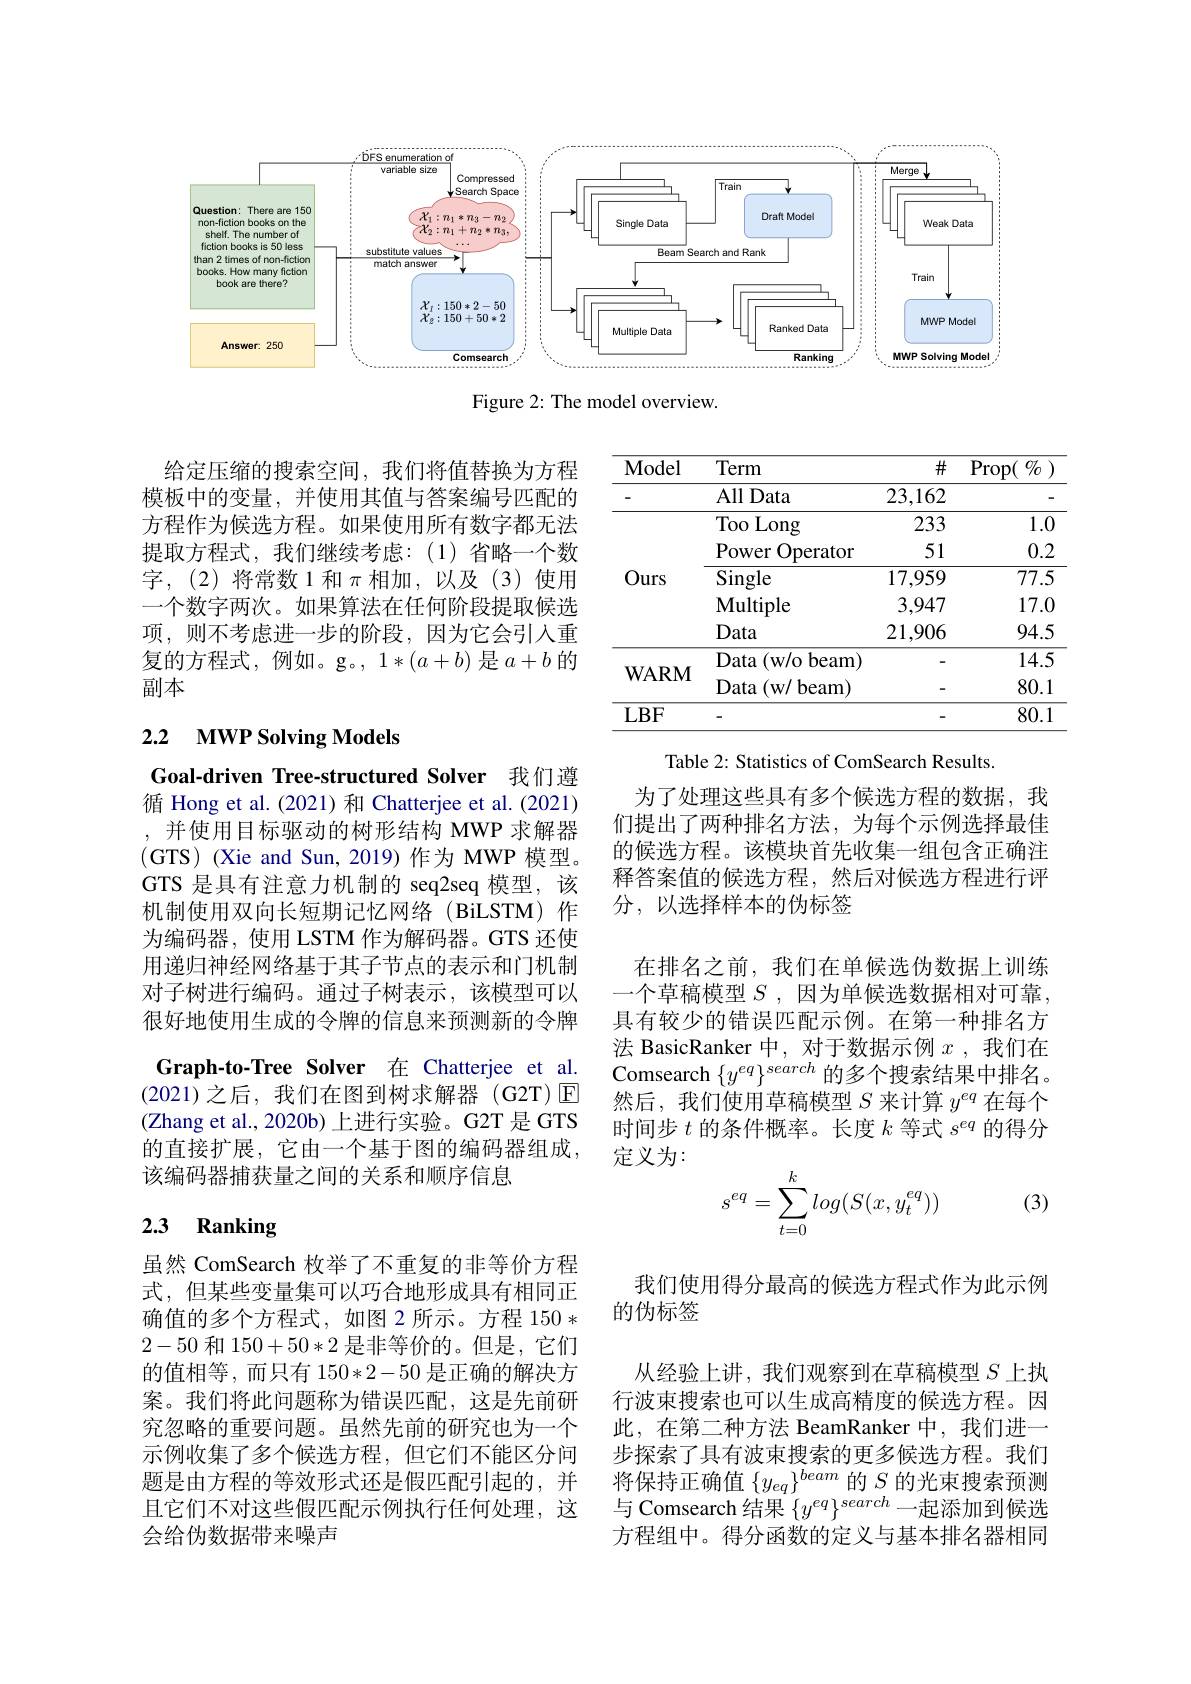
<FigureHere>

Figure 2: The model overview.

给定压缩的搜索空间，我们将值替换为方程模板中的变量，并使用其值与答案编号匹配的方程作为候选方程。如果使用所有数字都无法提取方程式，我们继续考虑：(1)省略一个数字，(2)将常数1和$\pi$相加，以及(3)使用一个数字两次。如果算法在任何阶段提取候选项，则不考虑进一步的阶段，因为它会引入重复的方程式，例如。g。$,1*(a+b)$ 是$a+b$ 的副本

<table>
	<tbody>
		<tr>
			<th>Model</th>
			<th>Term</th>
			<th>$\#$</th>
			<th>$\operatorname { Prop} ( \textit{ O}/ o$</th>
		</tr>
		<tr>
			<td> </td>
			<td>$\operatorname{All}$Data</td>
			<td>23,162</td>
			<td> </td>
		</tr>
		<tr>
			<td> </td>
			<td>Too Long</td>
			<td>233</td>
			<td>1.0</td>
		</tr>
		<tr>
			<td> </td>
			<td>$\mathbf{P}_{\mathrm{OWer}}$ Operator</td>
			<td>51</td>
			<td>0.2</td>
		</tr>
		<tr>
			<td>Ours</td>
			<td>Single</td>
			<td>17,959</td>
			<td>77.5</td>
		</tr>
		<tr>
			<td> </td>
			<td>$\mathbf{Multiple}$</td>
			<td>3,947</td>
			<td>17.0</td>
		</tr>
		<tr>
			<td> </td>
			<td>Data</td>
			<td>21,906</td>
			<td>94.5</td>
		</tr>
		<tr>
			<td>TTT</td>
			<td>Data (w/o beam)</td>
			<td> </td>
			<td>14.5</td>
		</tr>
		<tr>
			<td>$\mathbf{w}AK\mathbf{v}\mathbf{l}$</td>
			<td>Data (w/ beam)</td>
			<td> </td>
			<td>80.1</td>
		</tr>
		<tr>
			<td>$LBF$</td>
			<td> </td>
			<td> </td>
			<td>80.1</td>
		</tr>
	</tbody>
</table>

## 2.2 MWP Solving Models

Table 2: Statistics of ComSearch Results.
为了处理这些具有多个候选方程的数据，我们提出了两种排名方法，为每个示例选择最佳的候选方程。该模块首先收集一组包含正确注释答案值的候选方程，然后对候选方程进行评分，以选择样本的伪标签

Goal-driven Tree-structured Solver 我们遵循 Hong et al.(2021)和 Chatterjee et al.(2021) ,并使用目标驱动的树形结构 MWP 求解器(GTS) (Xie and Sun,2019)作为 MWP 模型。GTS 是具有注意力机制的 seq2seq 模型，该机制使用双向长短期记忆网络(BiLSTM)作为编码器，使用 LSTM 作为解码器。GTS 还使用递归神经网络基于其子节点的表示和门机制对子树进行编码。通过子树表示，该模型可以很好地使用生成的令牌的信息来预测新的令牌Graph-to-Tree Solver 在 Chatterjee et al. (2021)之后，我们在图到树求解器 (G2T) $\mathbb{E}$ (Zhang et al., 2020b) 上进行实验。G2T 是 GTS 的直接扩展，它由一个基于图的编码器组成该编码器捕获量之间的关系和顺序信息

在排名之前，我们在单候选伪数据上训练一个草稿模型 $S$ , 因为单候选数据相对可靠， 具有较少的错误匹配示例。在第一种排名方法 BasicRanker 中，对于数据示例$x$, 我们在Comsearch $\{y^{eq}\}^{search}$的多个搜索结果中排名。然后，我们使用草稿模型$S$来计算$y^eq$在每个时间步$t$的条件概率。长度$k$等式$s^eq$的得分定义为：
$$\begin{aligned}s^{eq}=\sum_{t=0}^klog(S(x,y_t^{eq}))\end{aligned}$$
(3)

# 2.3 Ranking

我们使用得分最高的候选方程式作为此示例
的伪标签

虽然 ComSearch 枚举了不重复的非等价方程式，但某些变量集可以巧合地形成具有相同正确值的多个方程式，如图 2 所示。方程 150 * 2-50和150+50*2是非等价的。但是，它们的值相等，而只有 150*2-50是正确的解决方案。我们将此问题称为错误匹配，这是先前研究忽略的重要问题。虽然先前的研究也为一个示例收集了多个候选方程，但它们不能区分问题是由方程的等效形式还是假匹配引起的，并且它们不对这些假匹配示例执行任何处理，这会给伪数据带来噪声

从经验上讲，我们观察到在草稿模型$S$上执行波束搜索也可以生成高精度的候选方程。因此，在第二种方法 BeamRanker 中，我们进一步探索了具有波束搜索的更多候选方程。我们将保持正确值$\{y_{eq}\}^{beam}$的$S$的光束搜索预测与 Comsearch 结果 $\{y^{eq}\}^{search}$一起添加到候选方程组中。得分函数的定义与基本排名器相同